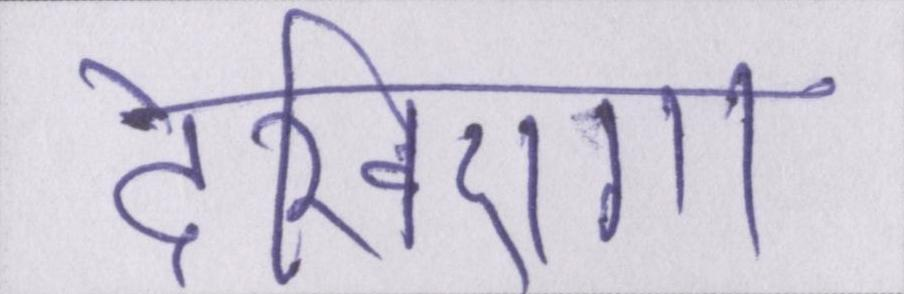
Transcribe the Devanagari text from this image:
देखिएगा